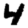
Digit: 4